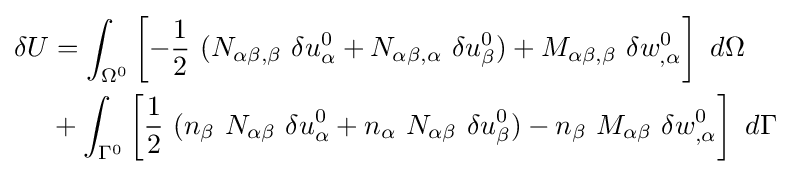
{\begin{aligned}\delta U&=\int _{\Omega ^{0}}\left[-{\frac {1}{2}}~(N_{\alpha \beta ,\beta }~\delta u_{\alpha }^{0}+N_{\alpha \beta ,\alpha }~\delta u_{\beta }^{0})+M_{\alpha \beta ,\beta }~\delta w_{,\alpha }^{0}\right]~d\Omega \\&+\int _{\Gamma ^{0}}\left[{\frac {1}{2}}~(n_{\beta }~N_{\alpha \beta }~\delta u_{\alpha }^{0}+n_{\alpha }~N_{\alpha \beta }~\delta u_{\beta }^{0})-n_{\beta }~M_{\alpha \beta }~\delta w_{,\alpha }^{0}\right]~d\Gamma \end{aligned}}